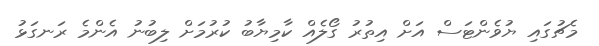
މެޗުގައި ޔުވެންޓަސް އަށް އިތުރު ގޯލެއް ކާމިޔާބު ކުރުމަށް ލިބުނު އެންމެ ރަނގަޅު